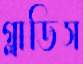
গ্লাডিস